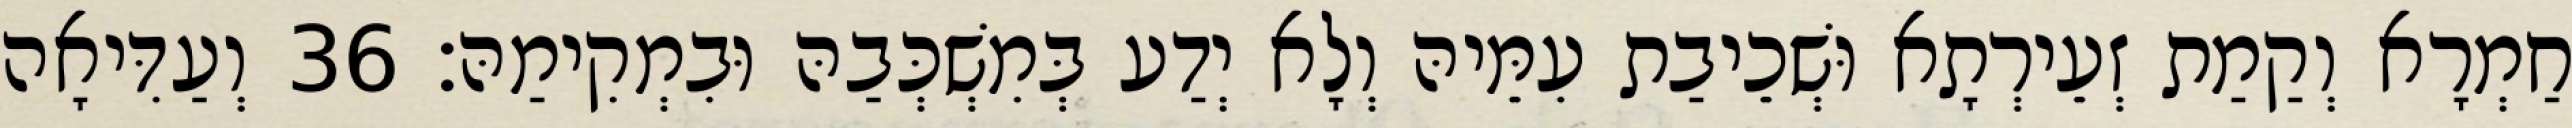
חַמְרָא וְקַמַת זְעֵירְתָא וּשְׁכֵיבַת עִמֵּיהּ וְלָא יְדַע בְּמִשְׁכְּבַהּ וּבִמְקִימַהּ׃ 36 וְעַדִּיאָה